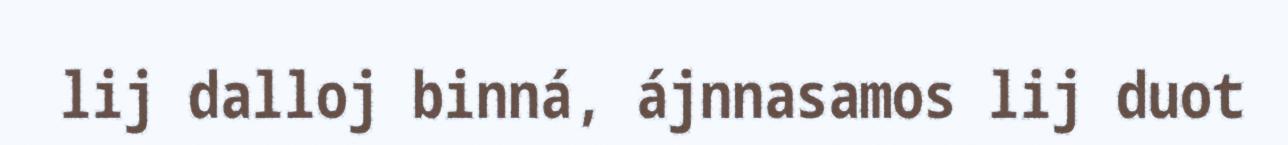
lij dalloj binná, ájnnasamos lij duot